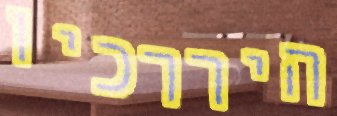
היררכיו